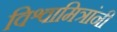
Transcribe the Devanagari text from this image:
विश्वामित्रांनी